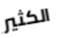
الكثير